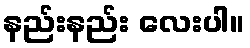
နည်းနည်း လေးပါ။